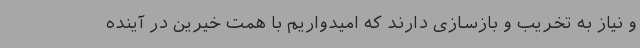
و نیاز به تخریب و بازسازی دارند که امیدواریم با همت خیرین در آینده